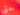
حتى